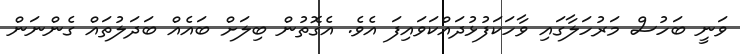
ވަނީ ބަހުސް މަރުހަލާގައި ވާހަކަފުޅުދައްކަވައިފަ އެވެ. އެގޮތުން ބިލަށް ބައެއް ބަދަލުތައް ގެންނަން